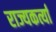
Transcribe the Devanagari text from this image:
राज्यकर्त्यां